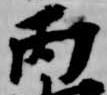
丙